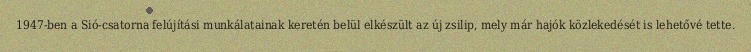
1947-ben a Sió-csatorna felújítási munkálatainak keretén belül elkészült az új zsilip, mely már hajók közlekedését is lehetővé tette.